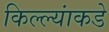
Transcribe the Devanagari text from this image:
किल्ल्यांकडे